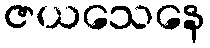
ဇယသေနေ